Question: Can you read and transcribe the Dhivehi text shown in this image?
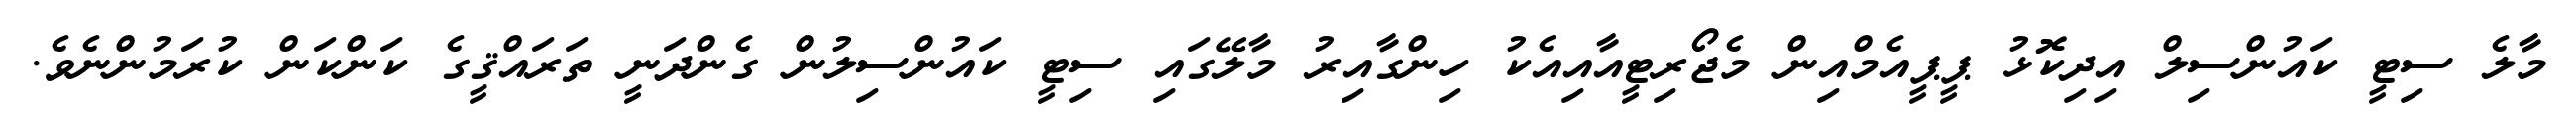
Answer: މާލެ ސިޓީ ކައުންސިލް އިދިކޮޅު ޕީޕީއެމްއިން މެޖޯރިޓީއާއިއެކު ހިންގާއިރު މާލޭގައި ސިޓީ ކައުންސިލުން ގެންދަނީ ތަރައްޤީގެ ކަންކަން ކުރަމުންނެވެ.